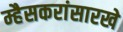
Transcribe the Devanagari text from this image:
म्हैसकरांसारखे